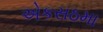
એકસઠમા